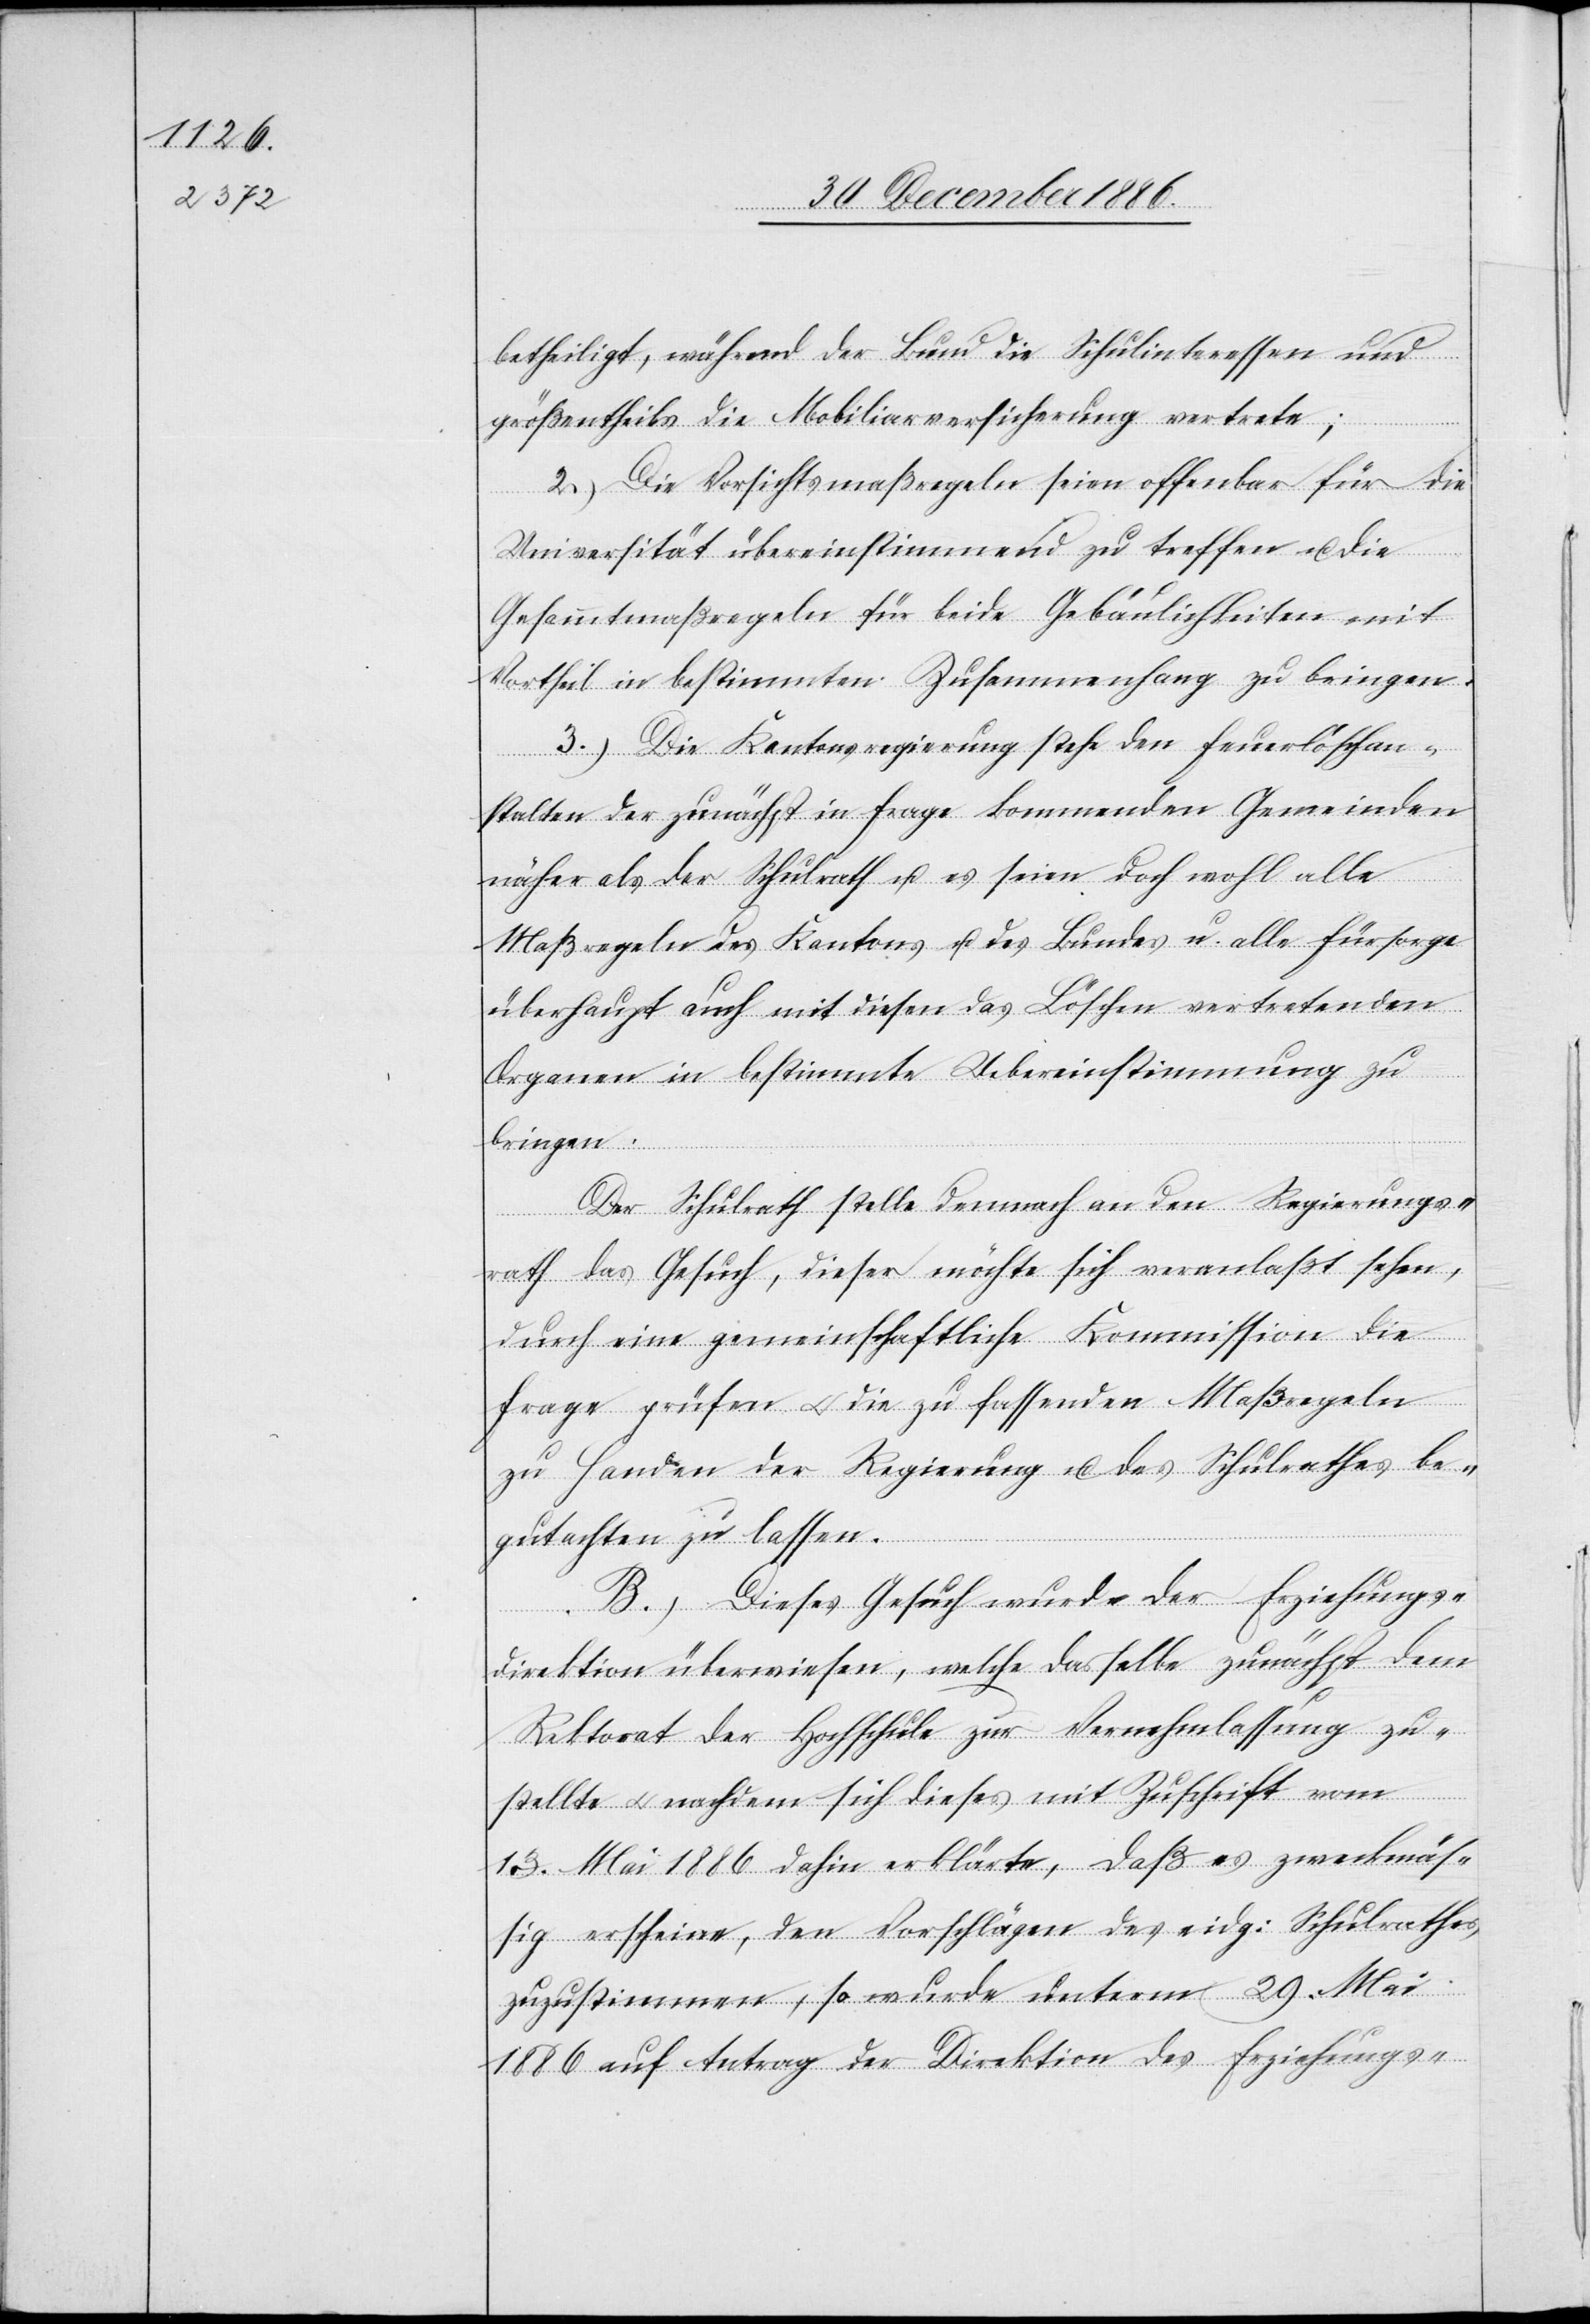
betheiligt, während der Bund die Schulinteressen und
größentheils die Mobiliarversicherung vertrete;
2.) Die Vorsichtsmaßregeln seien offenbar für die
Universität übereinstimmend zu treffen u. die
Gesammtmaßregeln für beide Gebäulichkeiten mit
Vortheil in bestimmten Zusammenhang zu bringen.
3.) Die Kantonsregierung stehe den Feuerlöschan¬
stalten der zunächst in Frage kommenden Gemeinden
näher als der Schulrath u. es seien doch wohl alle
Maßregeln des Kantons u. des Bundes u. alle Fürsorge
überhaupt auch mit diesen das Löschen vertretenden
Organen in bestimmte Uebereinstimmung zu
bringen.
Der Schulrath stelle demnach an den Regierungs¬
rath das Gesuch, dieser möchte sich veranlaßt sehen,
durch eine gemeinschaftliche Kommission die
Frage prüfen & die zu fassenden Maßregeln
zu Handen der Regierung u. des Schulrathes be¬
gutachten zu lassen.
B.) Dieses Gesuch wurde der Erziehungs¬
direktion überwiesen, welche dasselbe zunächst dem
Rektorat der Hochschule zur Vernehmlassung zu¬
stellte & nachdem sich dieses mit Zuschrift vom
13. Mai 1886 dahin erklärte, daß es zweckmäs¬
sig erscheine, den Vorschlägen des eidg: Schulrathes
zuzustimmen, so wurde unterm 29. Mai
1996 auf Antrag der Direktion des Erziehungs-